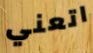
اتعني